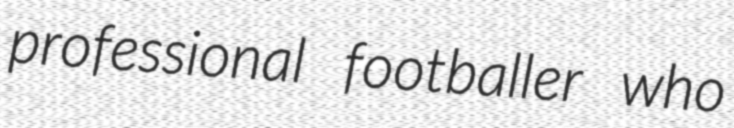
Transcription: professional footballer who